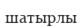
шатырлы